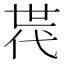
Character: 𠁀